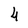
Character: 4